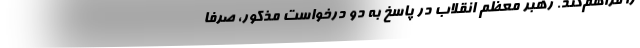
را فراهم‌کند. رهبر معظم انقلاب در پاسخ به دو درخواست‌ مذکور، صرفا